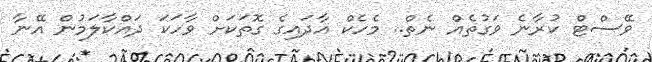
ވޭސްޓް ކުރާނެ ވަގުތެއް ނެތް.. މެހެކް އާދައިގެ ގޮތަކަށް ވާހަކަ ދައްކާލަމުން އޭނާ